Problem: 21 + 31 = ?
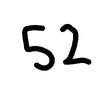
Handwritten answer: 52